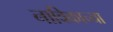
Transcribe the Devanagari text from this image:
नाविकाच्या